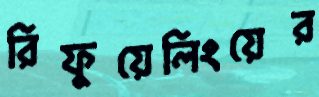
রিফুয়েলিংয়ের